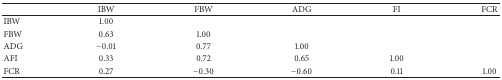
<table><thead><tr><td><b> </b></td><td><b>IBW</b></td><td><b>FBW</b></td><td><b>ADG</b></td><td><b>FI</b></td><td><b>FCR</b></td></tr></thead><tbody><tr><td>IBW</td><td>1.00</td><td> </td><td> </td><td> </td><td> </td></tr><tr><td>FBW</td><td>0.63</td><td>1.00</td><td> </td><td> </td><td> </td></tr><tr><td>ADG</td><td>−0.01</td><td>0.77</td><td>1.00</td><td> </td><td> </td></tr><tr><td>AFI</td><td>0.33</td><td>0.72</td><td>0.65</td><td>1.00</td><td> </td></tr><tr><td>FCR</td><td>0.27</td><td>−0.30</td><td>−0.60</td><td>0.11</td><td>1.00</td></tr></tbody></table>